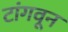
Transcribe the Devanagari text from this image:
टांगवून